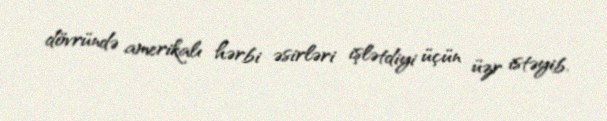
dövründə amerikalı hərbi əsirləri işlətdiyi üçün üzr istəyib.